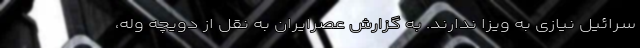
سرائیل نیازی به ویزا ندارند. به گزارش عصرایران به نقل از دویچه وله،